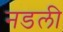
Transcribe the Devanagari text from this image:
नडली